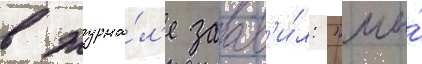
в журна́л'е заав'и́л: "мы́